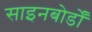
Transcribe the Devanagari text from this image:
साइनबोर्डों